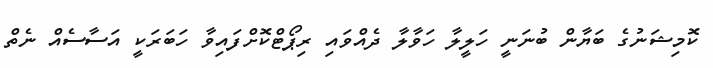
ކޮމިޝަނުގެ ބަޔާން ބުނަނީ ހަލީލާ ހަވާލާ ދެއްވައި ރިޕޯޓްކޮށްފައިވާ ހަބަރަކީ އަސާސެއް ނެތް